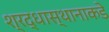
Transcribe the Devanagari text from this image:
श्रद्धास्थानाकडे